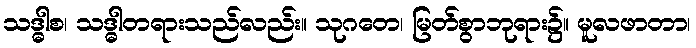
သဒ္ဓါစ၊ သဒ္ဓါတရားသည်လည်း။ သုဂတေ၊ မြတ်စွာဘုရား၌။ မူလဖာတာ၊